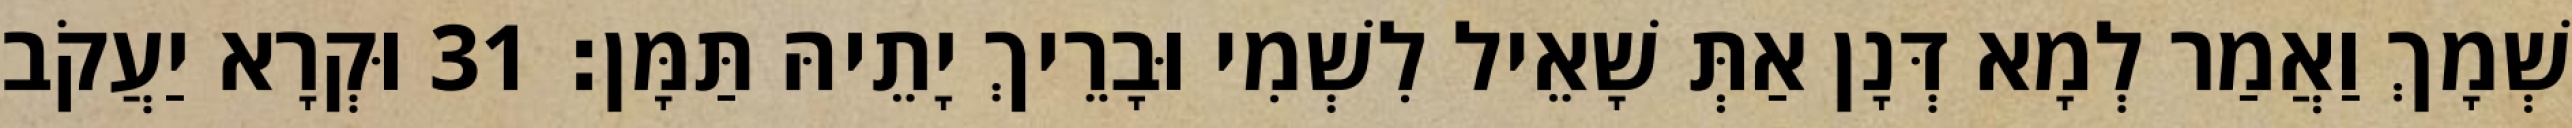
שְׁמָךְ וַאֲמַר לְמָא דְּנָן אַתְּ שָׁאֵיל לִשְׁמִי וּבָרֵיךְ יָתֵיהּ תַּמָּן׃ 31 וּקְרָא יַעֲקֹב